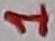
Text: 1